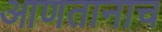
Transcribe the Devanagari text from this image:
आणतानाच